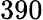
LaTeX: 390